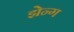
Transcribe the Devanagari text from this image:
झेन्ग